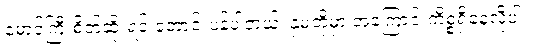
မောင်ကြီးစိတ်ဆိုးရင် တောင်းပန်ပါတယ်၊ နှမတို့မှာ အကြောင်းကိစ္စရှိနေလို့ပါ။